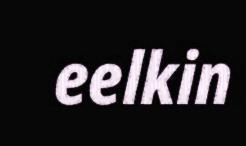
eelkin